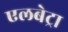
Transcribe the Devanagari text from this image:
एलबेट्रा